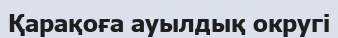
Қарақоға ауылдық округі